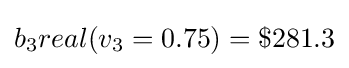
b_{3}real(v_{3}=0.75)=\$281.3